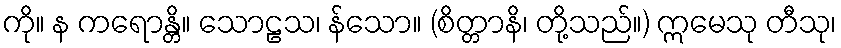
ကို။ န ကရောန္တိ။ သောဠသ၊ န်သော။ (စိတ္တာနိ၊ တို့သည်။) ဣမေသု တီသု၊